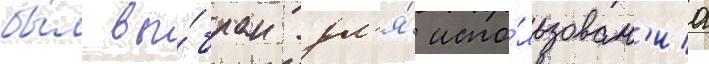
бы́л вы́бран дл'я́ испо́льзован'иа